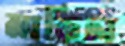
মাড়িল